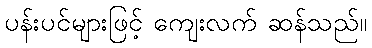
ပန်းပင်များဖြင့် ကျေးလက် ဆန်သည်။